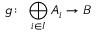
g \colon \, \bigoplus _ { i \in I } A _ { i } \to B